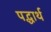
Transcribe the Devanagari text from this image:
पद्धार्थ